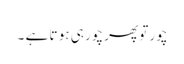
چور تو پھر چور ہی ہو تا ہے ۔